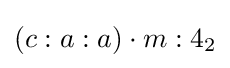
(c:a:a)\cdot m:4_{2}